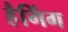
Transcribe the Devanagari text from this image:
हैगिंग